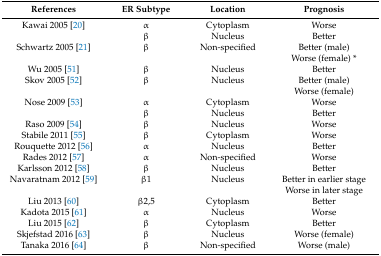
| References | ER Subtype | Location | Prognosis |
 | --- | --- | --- | --- |
 | Kawai 2005 [20] | α | Cytoplasm | Worse |
 |  | β | Nucleus | Better |
 | Schwartz 2005 [21] | β | Non-specified | Better (male) |
 |  |  |  | Worse (female) * |
 | Wu 2005 [51] | β | Nucleus | Better |
 | Skov 2005 [52] | β | Nucleus | Better (male) |
 |  |  |  | Worse (female) |
 | Nose 2009 [53] | α | Cytoplasm | Worse |
 |  | β | Nucleus | Better |
 | Raso 2009 [54] | β | Nucleus | Worse |
 | Stabile 2011 [55] | β | Cytoplasm | Worse |
 | Rouquette 2012 [56] | α | Nucleus | Better |
 | Rades 2012 [57] | α | Non-specified | Worse |
 | Karlsson 2012 [58] | β | Nucleus | Better |
 | Navaratnam 2012 [59] | β1 | Nucleus | Better in earlier stage |
 |  |  |  | Worse in later stage |
 | Liu 2013 [60] | β2,5 | Cytoplasm | Better |
 | Kadota 2015 [61] | α | Nucleus | Worse |
 | Liu 2015 [62] | β | Cytoplasm | Better |
 | Skjefstad 2016 [63] | β | Nucleus | Worse (female) |
 | Tanaka 2016 [64] | β | Non-specified | Worse (male) |